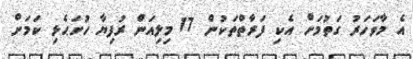
އެ މާވަހަރު ގަތުމަށް އެކި ފަރާތްތަކުން 17 މިލިއަން ރުފިޔާ ހުށަޙެޅި ކަމަށް